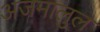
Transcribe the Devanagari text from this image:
अजमालुल